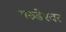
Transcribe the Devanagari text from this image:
गरुडेश्‍वर